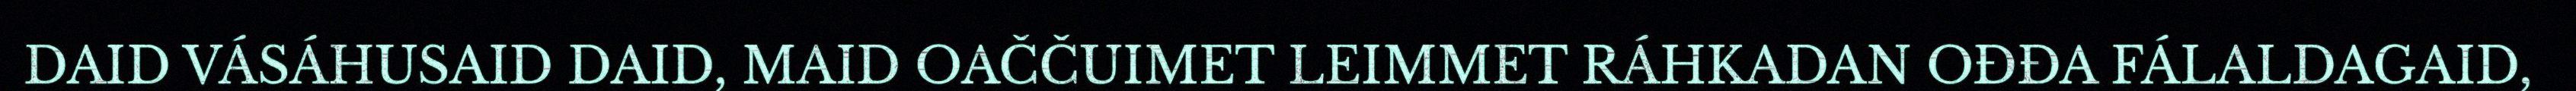
DAID VÁSÁHUSAID DAID, MAID OAČČUIMET LEIMMET RÁHKADAN OĐĐA FÁLALDAGAID,